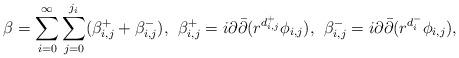
LaTeX: \begin{align*}\beta = \sum_{i=0}^\infty \sum_{j=0}^{j_i} (\beta_{i,j}^+ + \beta_{i,j}^-), \;\,\beta_{i,j}^+ = i\partial\bar\partial(r^{d_{i,j}^+}\phi_{i,j}), \;\,\beta_{i,j}^- = i\partial\bar\partial(r^{d_{i}^-}\phi_{i,j}),\end{align*}